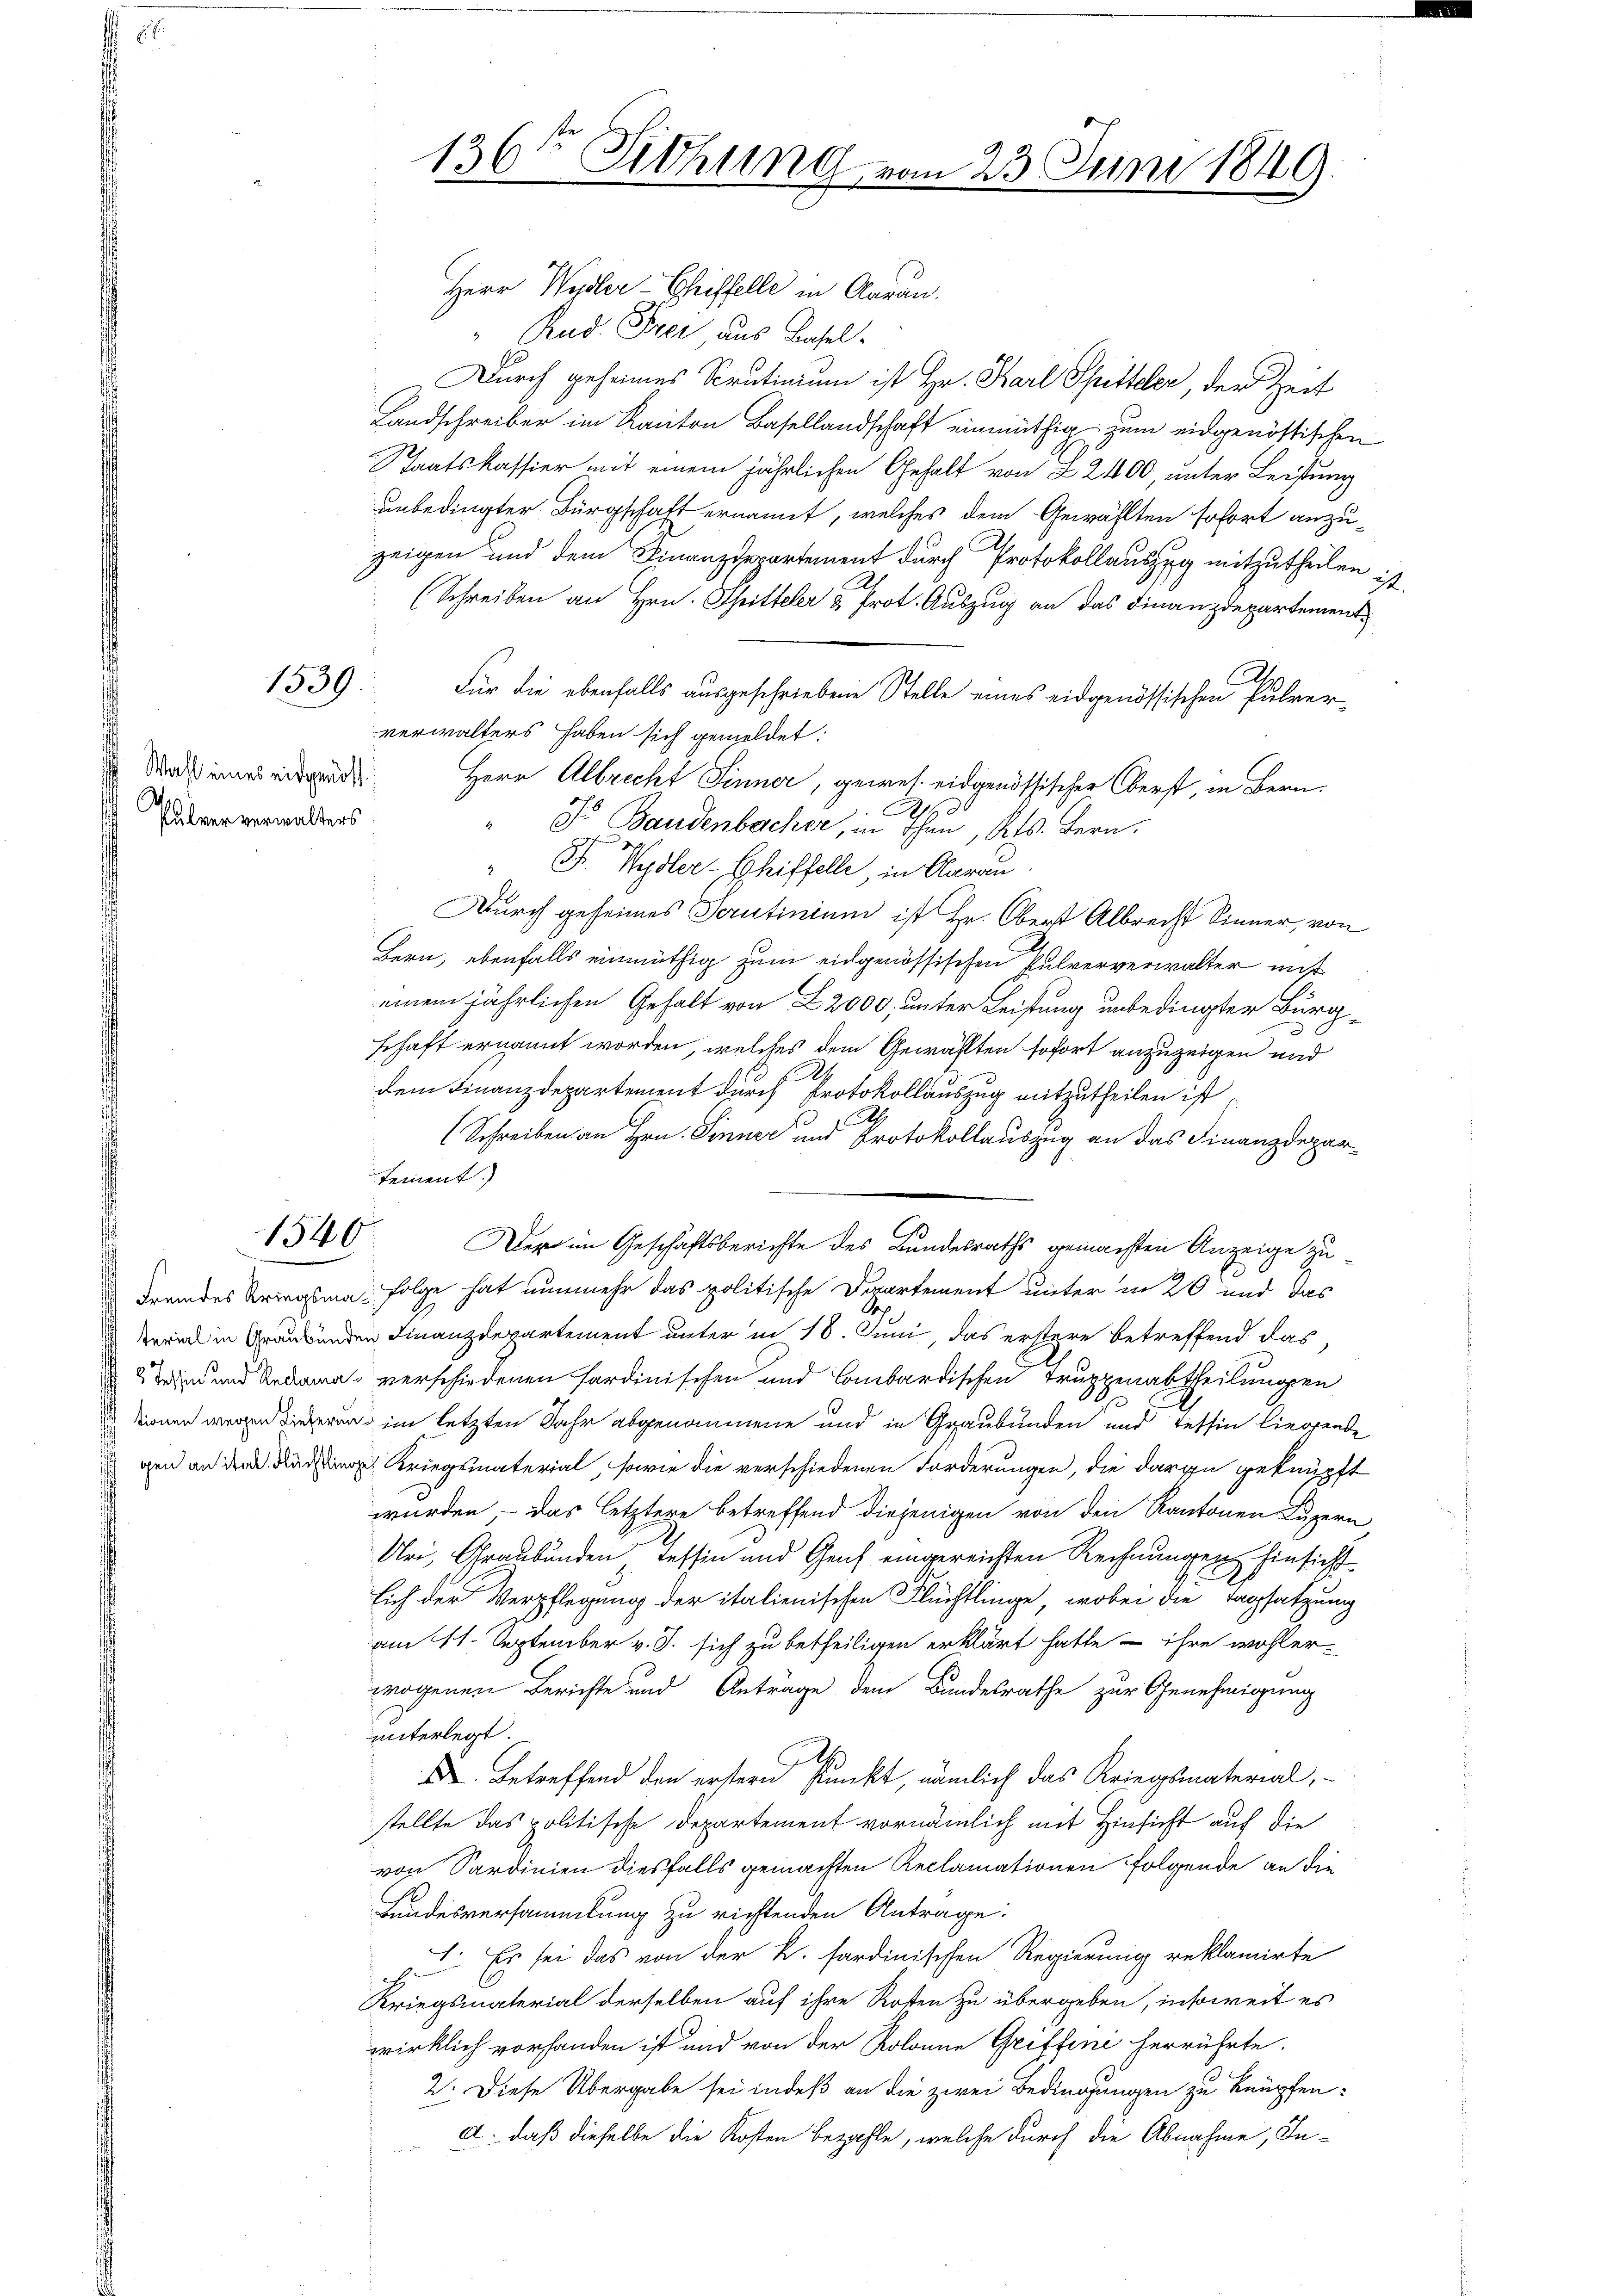
1339

Pulver verwalters

1540

tement.)

136ten Sitzung vom 23. Juni 1849.

Herr Wydler-Chiffelle in Aarau
Rud. Frei aus Basel.
Durch geheimes Scrutinium ist Hr. Karl Spitteler, der Zeit
Landschreiber im Kanton Basellandschaft einmüthig zum eidgenössischen
Staatskassier mit einem jährlichen Gehalt von 22400, unter Leistung
unbedingter Bürgschaft ernannt, welches dem Gewählten sofort anzuzeigen und dem Finanzdepartement durch Protokollauszug mitzutheilen ist.
(Schreiben an Hrn. Spitteler & Prot. Auszug an das Finanzdepartement
Für die ebenfalls ausgeschriebene Stelle eines eidgenössischen Pulververwalters haben sich gemeldet:
 Sand Herr Albrecht Sinner, gewes. eidgenössischer Oberst, in Bern
A
Dr Baudenbacher, in Ihn, Kts. Fern
" F. Wydler-Chiffelle, in Aarau
Durch geheimes Scrutinium ist Hr. Obert Albrecht Sinner, von
Bern, ebenfalls einmüthig zum eidgenössischen Pulververwalter nicht
einem jährlichen Gehalt von L 2000, unter Leistung unbedingter Burgschaft ernannt worden, welches dem Gewählten sofort anzuzeigen und
dem Finanzdepartement durch Protokollauszug mitzutheilen ist
t
Schreiben an Hrn. Sinner und Protokollauszug an das Finanzdepar¬
Der im Geschäftsberichte des Bundesraths gemachten Anzeige zu
 Fremdes Kriegsma. Folge hat nunmehr das politische Departement unter in 20 und das
kernd in Graubünden Finanzdepartement unter in 18. Juni, das erstere betreffend das,
win und Redama verschiedenen sardinischen und Lombardischen Truppenabtheilungen
ionen wegen dieseren im letzten Jahr abgenommene und in Graubünden und Tessin liegende
gen an den Fach Kriegsmaterial, sowie die verschiedenen Forderungen, die darge geknüpft
würden, – das letztere betreffend diejenigen von den Kantonen Luzern
Uri, Graubünden Tessin und Genf eingereichten Rechnungen hinsicht
lich der Verpflegung der italienischen Flüchtlinge, wobei die Tagsatzung
am 11. September v. J. sich zu betheiligen erklärt hatte – ihre wohler-
wogenen Berichte und Anträge dem Bundesrathe zur Genehmigung
unterlegt.
.
 Betreffend den erstern Punkt, nämlich das Kriegsmaterial,
stellte das politische Departement vornämlich mit Hinsicht auf die
von Sardinien diesfalls gemachten Reclamationen folgende an die
Bundesversammlung zu richtenden Antrage:
I. Es sei das von der K. sardinischen Regierung reklamirte

Kriegsmaterial derselben auf ihre Rosen zu übergeben, insoweit es
wirklich vorhanden ist und von der Kolonne Greiffeni herrührte.
2. Diese Übergabe sei indeß an die zwei Bedingungen zu knüpfen:
A. daß dieselbe die Kosten bezahle, welche durch die Abnahme, In¬